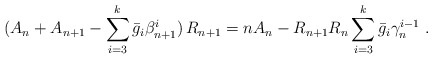
\begin{align*}(A_n+A_{n+1}-\sum_{i=3}^k\bar{g}_i \beta^i_{n+1})\,R_{n+1}=nA_n-R_{n+1}R_n\sum_{i=3}^k\bar{g}_i\gamma_n^{i-1} \ .\end{align*}